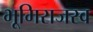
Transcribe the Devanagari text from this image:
भूमिराजस्व